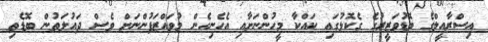
އިސްރާއީލްގެ ބޮޑުވަޒީރުގެ ގެކޮޅުގައި ކައްކާ މީހުންނަށާއި އެހެނިހެން މުވައްޒަފުންނަށް ވެސް ދައުލަތުން ބޮޑެތި